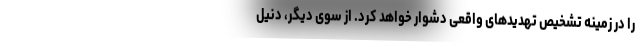
را در زمینهٔ تشخیص تهدیدهای واقعی دشوار خواهد کرد. از سوی دیگر، دنیل